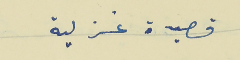
قصيدة غزلية